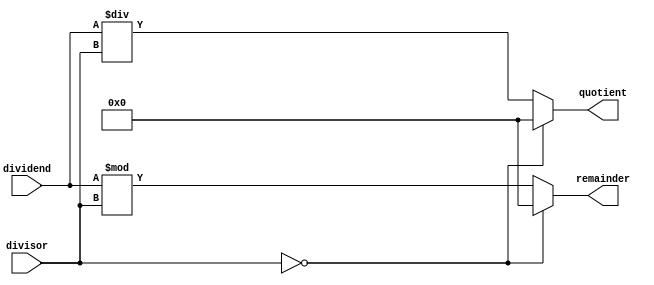
module Asynchronous_Divider (
    input wire [31:0] dividend,
    input wire [31:0] divisor,
    output reg [31:0] quotient,
    output reg [31:0] remainder
);

// Placeholder code for Asynchronous Divider design

always @(*) begin
    // Perform division operation
    quotient = dividend / divisor;
    remainder = dividend % divisor;
    
    // Handle special cases like division by zero
    if (divisor == 0) begin
        quotient = 32'h0; // Set quotient to zero in case of division by zero
        remainder = 32'h0; // Set remainder to zero in case of division by zero
    end
end

endmodule